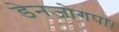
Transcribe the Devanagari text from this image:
डेनजोगपा।